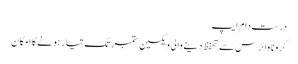
درست دام ایپ
کرونا وائرس سے تحفظ دینے والی ویکسین ستمبر تک تیار ہونے کا امکان